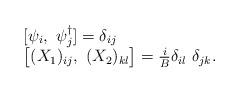
LaTeX: \begin{align*}\begin{array}{l}[ \psi_i,~ \psi_j^{\dag} ] = \delta _{ij} \\\bigl[ (X_1 ) _{ij},~ (X_2 ) _{kl} \bigr] = {i \over B} \delta _{il} ~\delta _{jk}.\end{array}\end{align*}